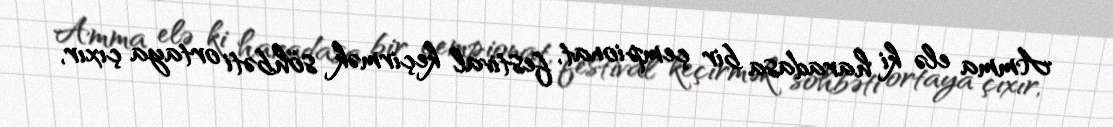
Amma elə ki haradasa bir çempionat, festival keçirmək söhbəti ortaya çıxır,